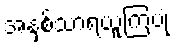
အနှစ်သာရယူကြပုံ